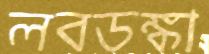
লবডঙ্কা